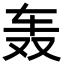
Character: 轰